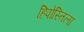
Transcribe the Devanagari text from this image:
हिपोस्तिला